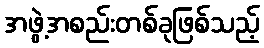
အဖွဲ့အစည်းတစ်ခုဖြစ်သည့်